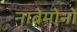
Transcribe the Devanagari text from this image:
नाबेमोनो